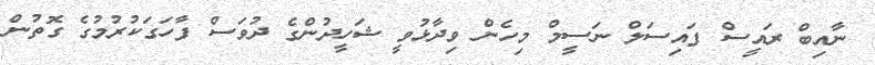
ނާއިބް ރައީސް ފައިސަލް ނަސީމް މިހެން ވިދާޅުވީ ޝަހީދުންގެ ދުވަސް ފާހަގަކުރުމުގެ ގޮތުން